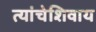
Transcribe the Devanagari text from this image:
त्यांचेशिवाय